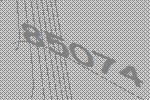
85074